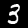
Label: 3